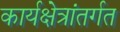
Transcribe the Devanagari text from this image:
कार्यक्षेत्रांतर्गत